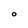
Character: O